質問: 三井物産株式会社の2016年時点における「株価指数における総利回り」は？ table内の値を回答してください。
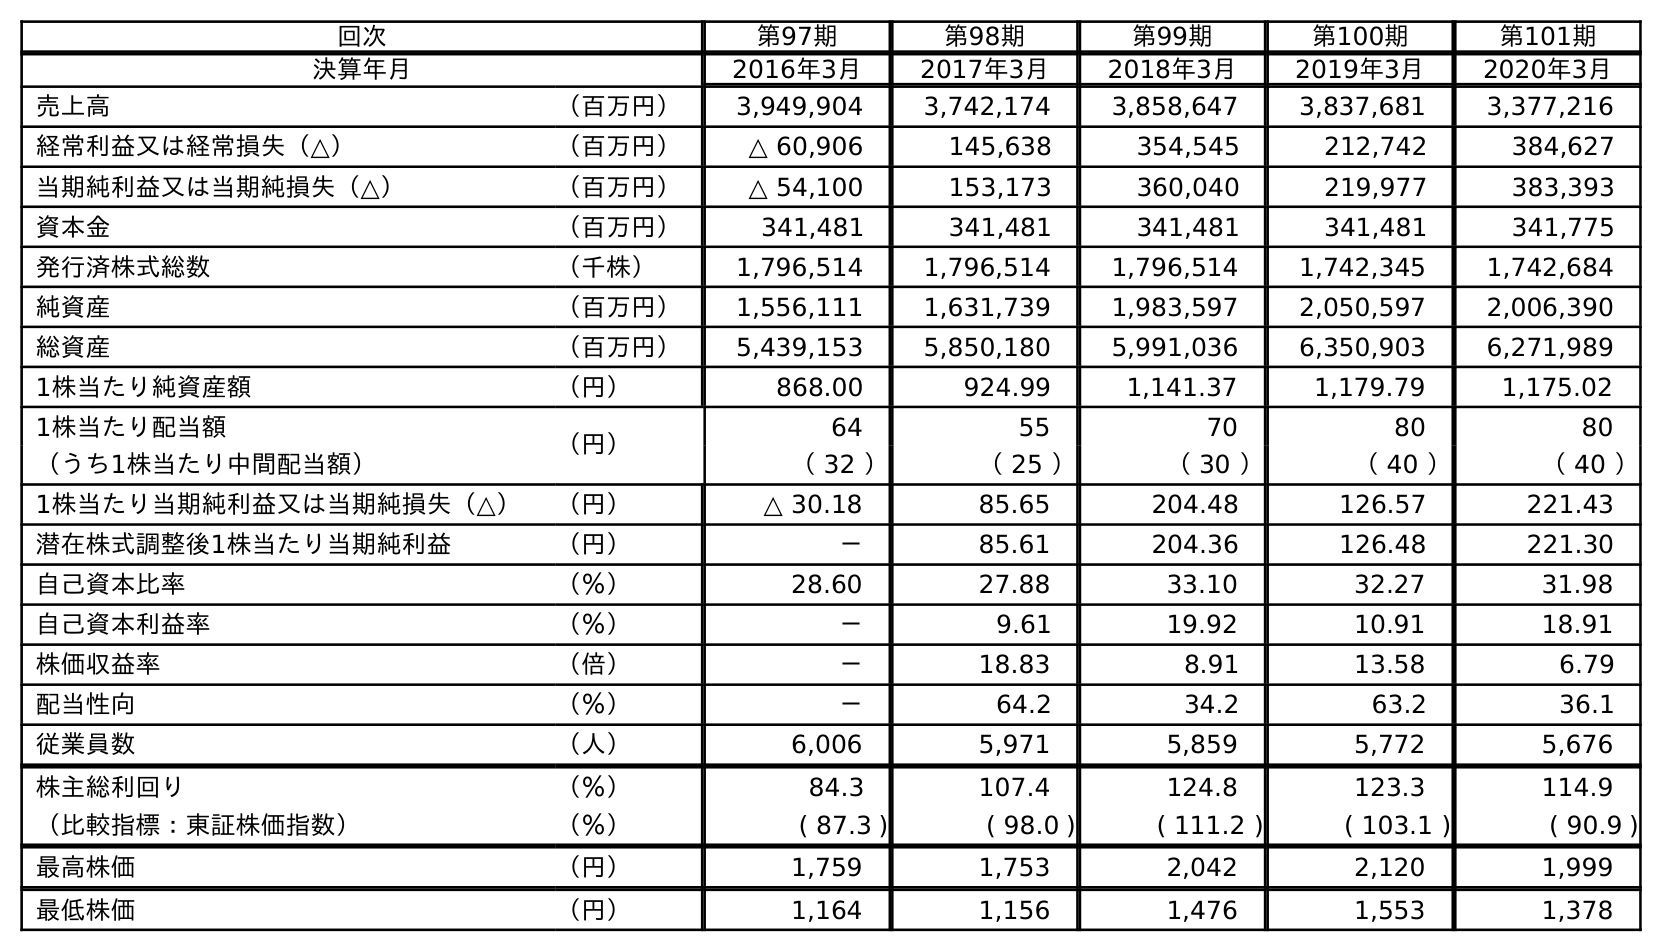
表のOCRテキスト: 回次 第97期 第98期 第99期 第100期 第101期 決算年月 2016年3月 2017年3月 2018年3月 2019年3月 2020年3月 売上高 （百万円） 3,949,904 3,742,174 3,858,647 3,837,681 3,377,216 経常利益又は経常損失（△） （百万円） △ 60,906 145,638 354,545 212,742 384,627 当期純利益又は当期純損失（△） （百万円） △ 54,100 153,173 360,040 219,977 383,393 資本金 （百万円） 341,481 341,481 341,481 341,481 341,775 発行済株式総数 （千株） 1,796,514 1,796,514 1,796,514 1,742,345 1,742,684 純資産 （百万円） 1,556,111 1,631,739 1,983,597 2,050,597 2,006,390 総資産 （百万円） 5,439,153 5,850,180 5,991,036 6,350,903 6,271,989 1株当たり純資産額 （円） 868.00 924.99 1,141.37 1,179.79 1,175.02 1株当たり配当額 （円） 64 55 70 80 80 （うち1株当たり中間配当額） （ 32 ） （ 25 ） （ 30 ） （ 40 ） （ 40 ） 1株当たり当期純利益又は当期純損失（△） （円） △ 30.18 85.65 204.48 126.57 221.43 潜在株式調整後1株当たり当期純利益 （円） － 85.61 204.36 126.48 221.30 自己資本比率 （％） 28.60 27.88 33.10 32.27 31.98 自己資本利益率 （％） － 9.61 19.92 10.91 18.91 株価収益率 （倍） － 18.83 8.91 13.58 6.79 配当性向 （％） － 64.2 34.2 63.2 36.1 従業員数 （人） 6,006 5,971 5,859 5,772 5,676 株主総利回り （％） 84.3 107.4 124.8 123.3 114.9 （比較指標：東証株価指数） （％） ( 87.3 ) ( 98.0 ) ( 111.2 ) ( 103.1 ) ( 90.9 ) 最高株価 （円） 1,759 1,753 2,042 2,120 1,999 最低株価 （円） 1,164 1,156 1,476 1,553 1,378
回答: (87.3)